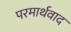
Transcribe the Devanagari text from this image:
परमार्थवाद